Proceedings of the meeting of veterinary officers in India
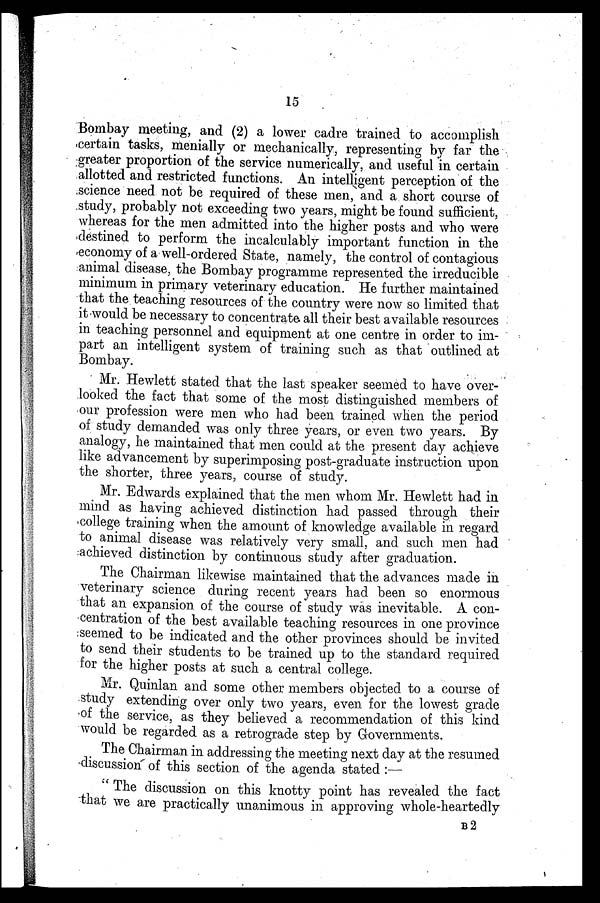
15
Bombay meeting, and (2) a lower cadre trained to accomplish
certain tasks, menially or mechanically, representing by far the
greater proportion of the service numerically, and useful in certain
allotted and restricted functions. An intelligent perception of the
science need not be required of these men, and a short course of
study, probably not exceeding two years, might be found sufficient,
whereas for the men admitted into the higher posts and who were
destined to perform the incalculably important function in the
economy of a well-ordered State, namely, the control of contagious
animal disease, the Bombay programme represented the irreducible
minimum in primary veterinary education. He further maintained
that the teaching resources of the country were now so limited that
it would be necessary to concentrate all their best available resources
in teaching personnel and equipment at one centre in order to im-
part an intelligent system of training such as that outlined at
Bombay.
Mr. Hewlett stated that the last speaker seemed to have over-
looked the fact that some of the most distinguished members of
our profession were men who had been trained when the period
of study demanded was only three years, or even two years. By
analogy, he maintained that men could at the present clay achieve
like advancement by superimposing post-graduate instruction upon
the shorter, three years, course of study.
Mr. Edwards explained that the men whom Mr. Hewlett had in
mind as having achieved distinction had passed through their
college training when the amount of knowledge available in regard
to animal disease was relatively very small, and such men had
achieved distinction by continuous study after graduation.
The Chairman likewise maintained that the advances made in
veterinary science during recent years had been so enormous
that an expansion of the course of study was inevitable. A con-
centration of the best available teaching resources in one province
seemed to be indicated and the other provinces should be invited
to send their students to be trained up to the standard required
for the higher posts at such a central college.
Mr. Quinlan and some other members objected to a course of
study extending over only two years, even for the lowest grade
of the service, as they believed a recommendation of this kind
would be regarded as a retrograde step by Governments.
The Chairman in addressing the meeting next day at the resumed
discussion of this section of the agenda stated:—
"The discussion on this knotty point has revealed the fact
that we are practically unanimous in approving whole-heartedly
B2